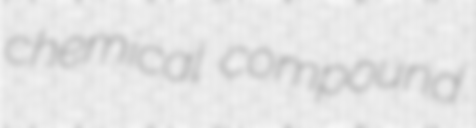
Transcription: chemical compound